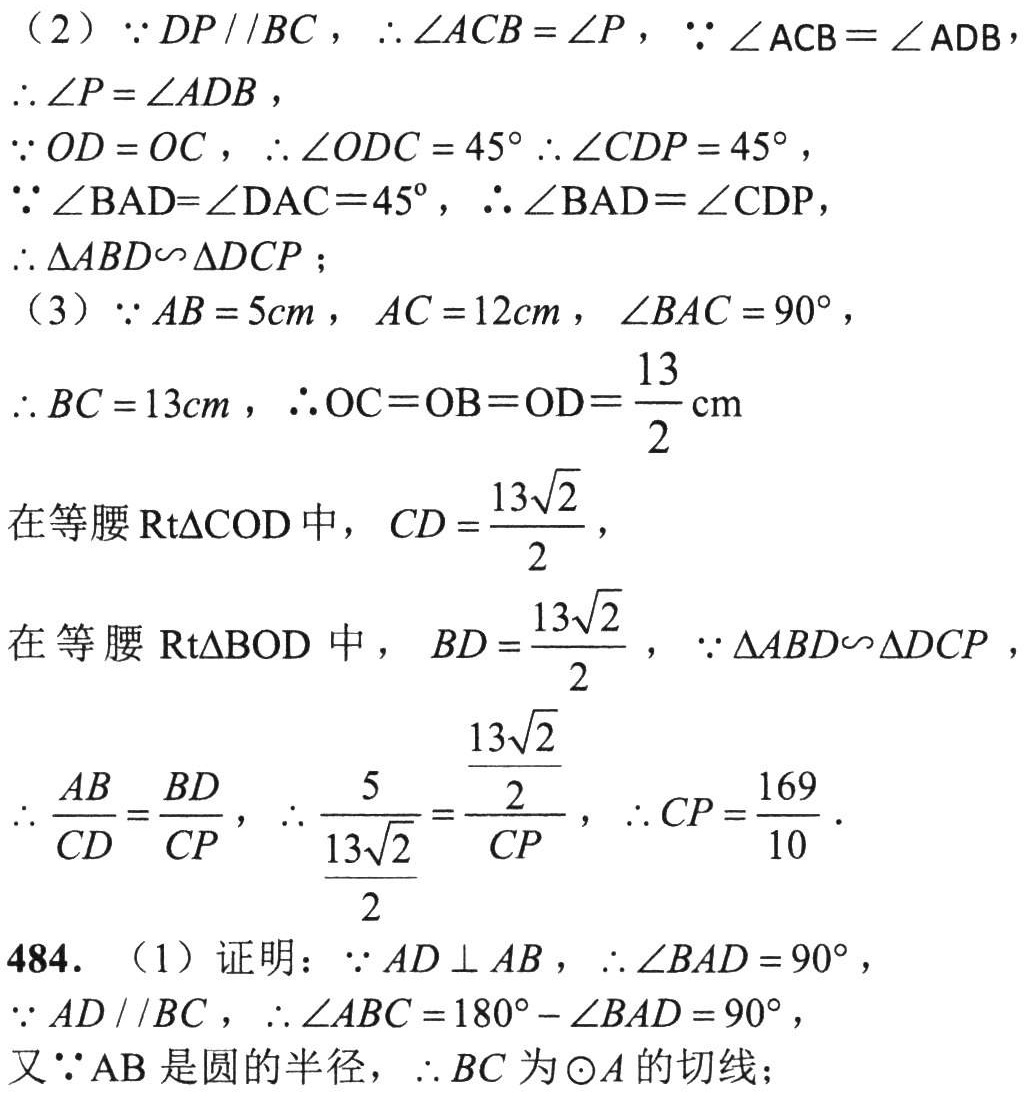
（2）\(\because DP\parallel BC\)，\(\therefore\angle ACB = \angle P\)，\(\because\angle ACB=\angle ADB\)，\(\therefore\angle P = \angle ADB\)，
\(\because OD = OC\)，\(\therefore\angle ODC = 45^{\circ}\) \(\therefore\angle CDP = 45^{\circ}\)，
\(\because\angle BAD=\angle DAC = 45^{\circ}\)，\(\therefore\angle BAD=\angle CDP\)，
\(\therefore\triangle ABD\sim\triangle DCP\)；
（3）\(\because AB = 5cm\)，\(AC = 12cm\)，\(\angle BAC = 90^{\circ}\)，
\(\therefore BC = 13cm\)，\(\therefore OC=OB=OD=\frac{13}{2}\text{cm}\)
在等腰\(\text{Rt}\triangle COD\)中，\(CD=\frac{13\sqrt{2}}{2}\)，
在等腰\(\text{Rt}\triangle BOD\)中，\(BD = \frac{13\sqrt{2}}{2}\)，\(\because\triangle ABD\sim\triangle DCP\)，
\(\therefore\frac{AB}{CD}=\frac{BD}{CP}\)，\(\therefore\frac{5}{\frac{13\sqrt{2}}{2}}=\frac{\frac{13\sqrt{2}}{2}}{CP}\)，\(\therefore CP=\frac{169}{10}\)．
484. （1）证明：\(\because AD\perp AB\)，\(\therefore\angle BAD = 90^{\circ}\)，
\(\because AD\parallel BC\)，\(\therefore\angle ABC = 180^{\circ}-\angle BAD = 90^{\circ}\)，
又\(\because AB\)是圆的半径，\(\therefore BC\)为\(\odot A\)的切线；